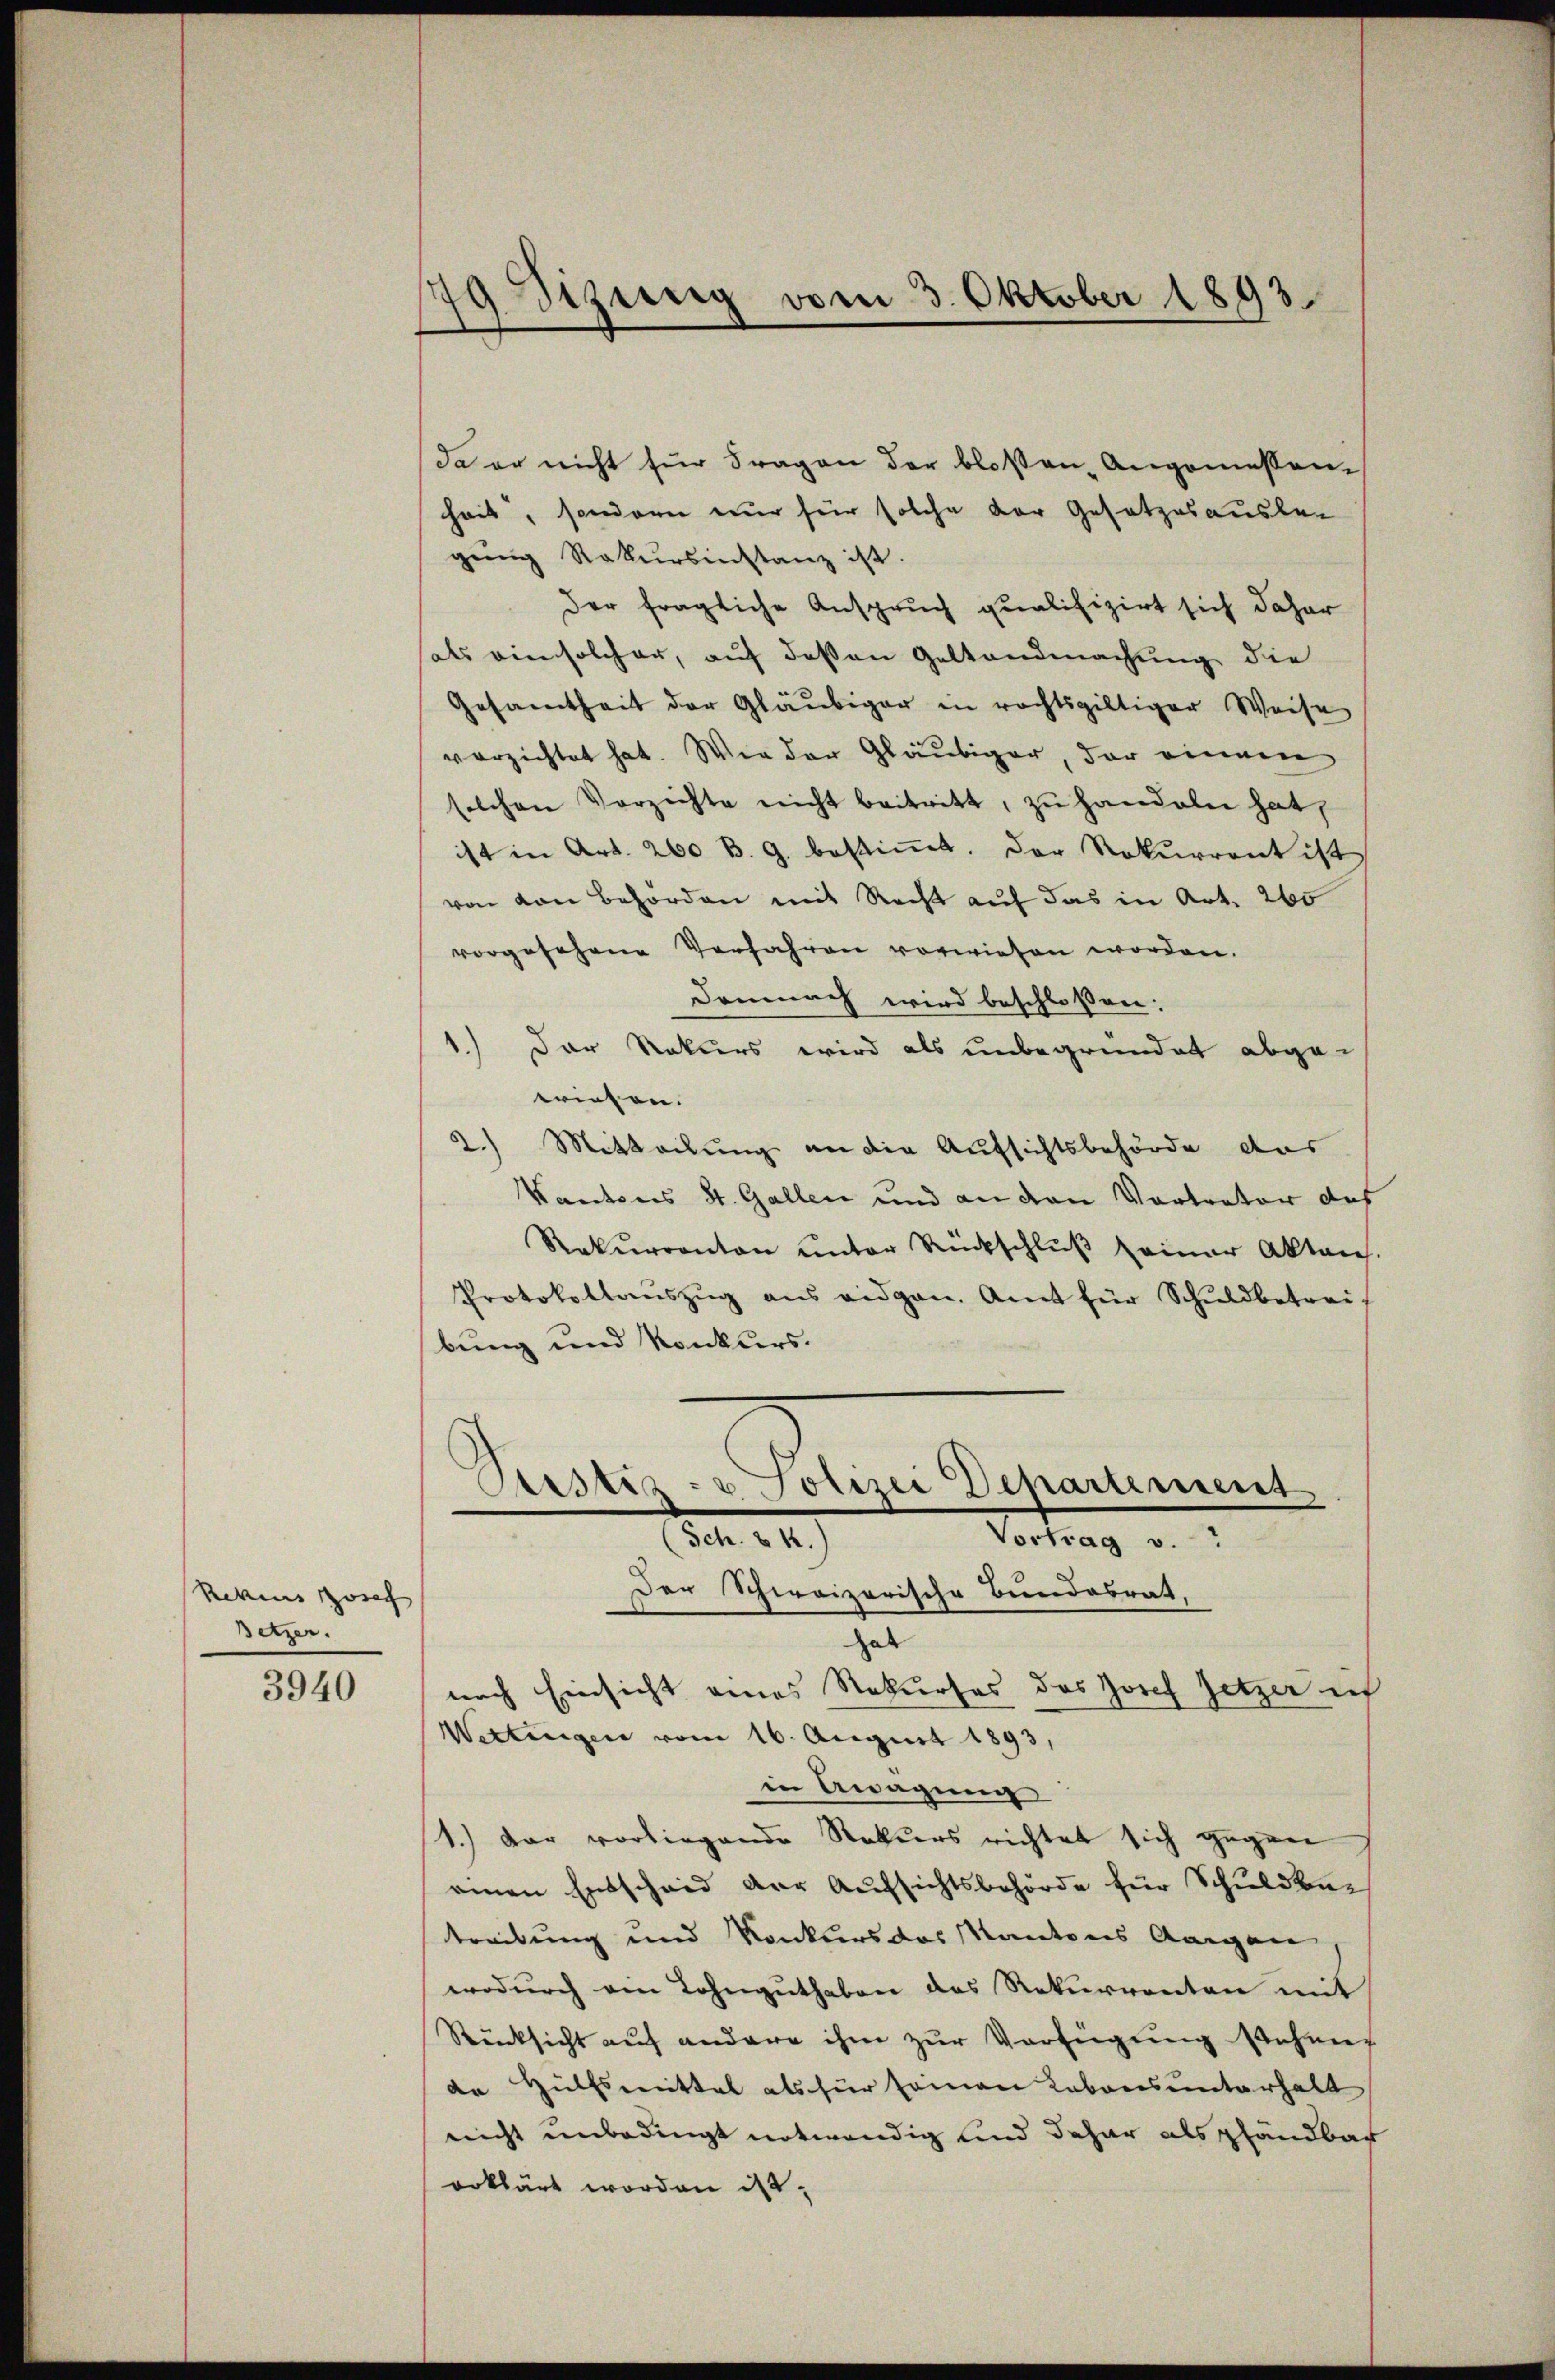
Rekius Rose
Betzer.

3940

79 Sizung vom 3. Oktober 1893.

da er nicht für Fragen der bloßen Angemessen-
heit, sondern nur für solche der Gesetzesausbe-
gŭng Rekursinstanz ist.
der fragliche Anspruch qualifizirt sich daher
hals ein solcher, auf deßen Gestandmachung die
Gesamtheit der Gläubiger in rechtsgültiger Weise
verzichtet hat. Wie der Gläubiger, der einen
solchen Verzichte nicht beitritt, zŭ handeln hat,
ist in Art. 260 B. G. bestiṁt. Der Rekurrent ist
von von Behörden mit Recht auf das in Art. 260
vorgesehene Verfahren vorwiesen worden.
Demnach wird beschlossen:
1.) Der Rekurs wird als unbegründet abge-
wiesen.
2.) Mitteilung an die Aufsichtsbehörde das
Kantons St. Gallen und an den Vortrator des
Rekŭrranton ŭnter Rückschlŭβ seiner Aktens.
Protokollaŭszŭg ans eidgen. Amt für Schŭldbetrei-
bung und Konkurs.
Prestiz- u Polizei Departement
(Sch. 2.)
Vortrag v.
Der Schweizerische Bundesrat,
hab
nach Einsicht eines Rekurses des Josef Hetzer ich
Wettingen vom 16. August 1893,
in Awagung
1.) Der vorliegende Rekurs richtet sich gegen
einen Entscheid der Aufsichtsbehörde für Schulden-
treibung und Konkurs das Kantons Aargau
wodurch ein Lohnguthaben das Rekurrenten mit
Rücksicht auf andere ihm zŭr Verfügŭng stehe
de Hülfsmittel als für samen Labonsunterhalt
nicht unbedingt notwendig und daher als pfändbar
erklärt worden ist,